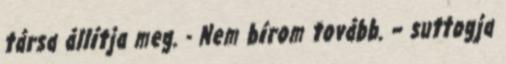
társa állítja meg. - Nem bírom tovább. – suttogja